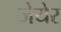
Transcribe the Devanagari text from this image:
जेयेर